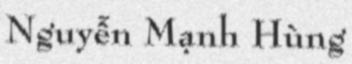
Nguyễn Mạnh Hùng